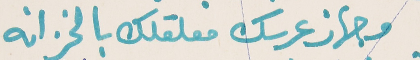
وجهاز عرسك معلقلك بالخزانه